Vaccination in Bombay 1869-1873 - 1869-1873
Year: 1869
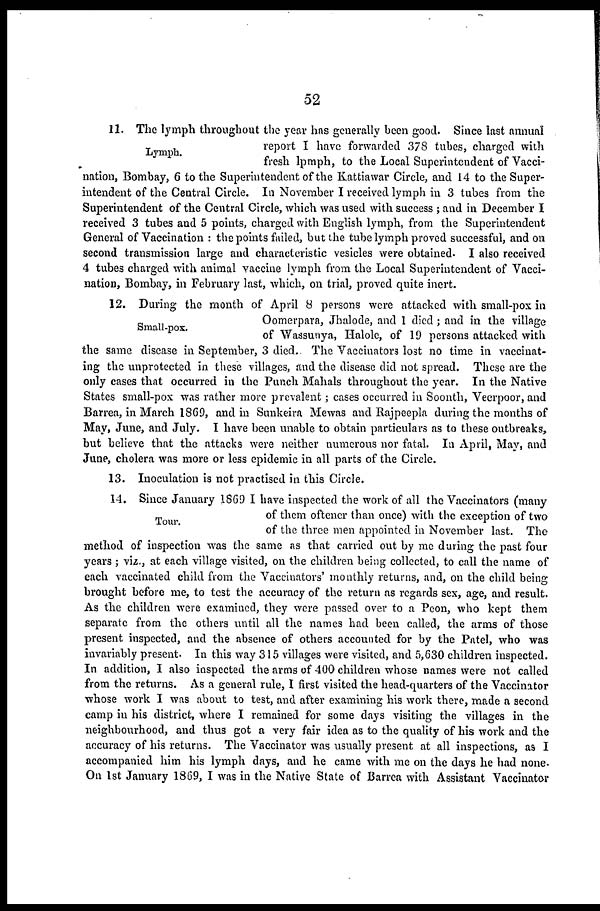
52
Lymph.
11. The lymph throughout the year has generally been good. Since last annual
report I have forwarded 378 tubes, charged with
fresh lpmph, to the Local Superintendent of Vacci-
nation, Bombay, 6 to the Superintendent of the Kattiawar Circle, and 14 to the Super-
intendent of the Central Circle. In November I received lymph in 3 tubes from the
Superintendent of the Central Circle, which was used with success ; and in December I
received 3 tubes and 5 points, charged with English lymph, from the Superintendent
General of Vaccination : the points failed, but the tube lymph proved successful, and on
second transmission large and characteristic vesicles were obtained. I also received
4 tubes charged with animal vaccine lymph from the Local Superintendent of Vacci-
nation, Bombay, in February last, which, on trial, proved quite inert.
Small-pox.
12. During the month of April 8 persons were attacked with small-pox in
Oomerpara, Jhalode, and 1 died; and in the village
of Wassunya, Halole, of 19 persons attacked with
the same disease in September, 3 died.. The Vaccinators lost no time in vaccinat-
ing the unprotected in these villages, and the disease did not spread. These are the
only cases that occurred in the Punch Mahals throughout the year. In the Native
States small-pox was rather more prevalent; cases occurred in Soonth, Veerpoor, and
Barrea, in March 1869, and in Sunkeira Mewas and Rajpeepla during the months of
May, June, and July. I have been unable to obtain particulars as to these outbreaks,
but believe that the attacks were neither numerous nor fatal. In April, May, and
June, cholera was more or less epidemic in all parts of the Circle.
13. Inoculation is not practised in this Circle.
Tour.
14. Since January 1869 I have inspected the work of all the Vaccinators (many
of them oftener than once) with the exception of two
of the three men appointed in November last. The
method of inspection was the same as that carried out by me during the past four
years ; viz., at each village visited, on the children being collected, to call the name of
each vaccinated child from the Vaccinators' monthly returns, and, on the child being
brought before me, to test the accuracy of the return as regards sex, age, and result.
As the children were examined, they were passed over to a Peon, who kept them
separate from the others until all the names had been called, the arms of those
present inspected, and the absence of others accounted for by the Patel, who was
invariably present. In this way 315 villages were visited, and 5,630 children inspected.
In addition, I also inspected the arms of 400 children whose names were not called
from the returns. As a general rule, I first visited the head-quarters of the Vaccinator
whose work I was about to test, and after examining his work there, made a second
camp in his district, where I remained for some days visiting the villages in the
neighbourhood, and thus got a very fair idea as to the quality of his work and the
accuracy of his returns. The Vaccinator was usually present at all inspections, as I
accompanied him his lymph days, and he came with me on the days he had none.
On 1st January 1869, I was in the Native State of Barrea with Assistant Vaccinator